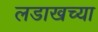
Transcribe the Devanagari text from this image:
लडाखच्या